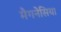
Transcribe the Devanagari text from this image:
मैगनेसिया